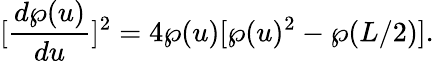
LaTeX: [\frac{d\wp(u)}{du}]^{2}=4\wp(u)[\wp(u)^{2}-\wp(L/2)].